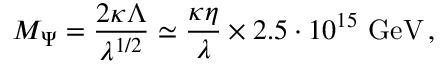
M _ { \Psi } = \frac { 2 \kappa \Lambda } { \lambda ^ { 1 / 2 } } \simeq \frac { \kappa \eta } { \lambda } \times 2 . 5 \cdot 1 0 ^ { 1 5 } ~ \mathrm { G e V } \, ,